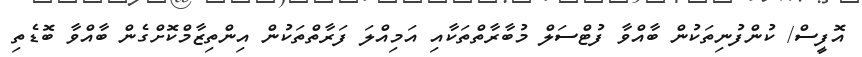
އޮފީސް/ ކުންފުނިތަކުން ބާއްވާ ފުޓްސަލް މުބާރާތްތަކާއި އަމިއްލަ ފަރާތްތަކުން އިންތިޒާމްކޮށްގެން ބާއްވާ ބޮޑެތި